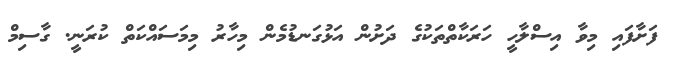
ފަށާފައި މިވާ އިސްލާހީ ހަރަކާތްތަކުގެ ދަށުން އަޅުގަނޑުމެން މިހާރު މިމަސައްކަތް ކުރަނީ. ގާސިމް